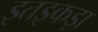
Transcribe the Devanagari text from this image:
इतइकड़ा